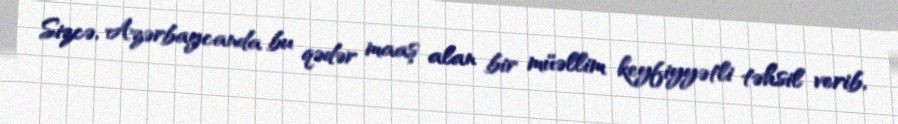
Sizcə, Azərbaycanda bu qədər maaş alan bir müəllim keyfiyyətli təhsil verib,